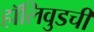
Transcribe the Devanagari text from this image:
हॉलिवुडची